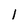
Character: 1